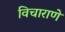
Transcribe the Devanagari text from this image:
विचाराणे